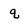
Character: q